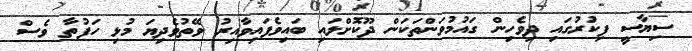
ސިޔާސީ ފިކުރުގައި ދިވެހިން ގައުމުވަންތަކަން ދޫކޮށްލައި ބައިވެފައިވާއިރު ވޭތުވެދިޔަ މުޅި ހަފުތާ ވެސް